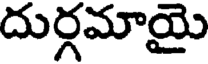
దుర్గమాయై